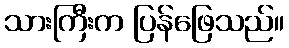
သားကြီးက ပြန်ဖြေသည်။